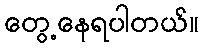
တွေ့နေရပါတယ်။